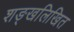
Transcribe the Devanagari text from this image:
शङ्खलिखित